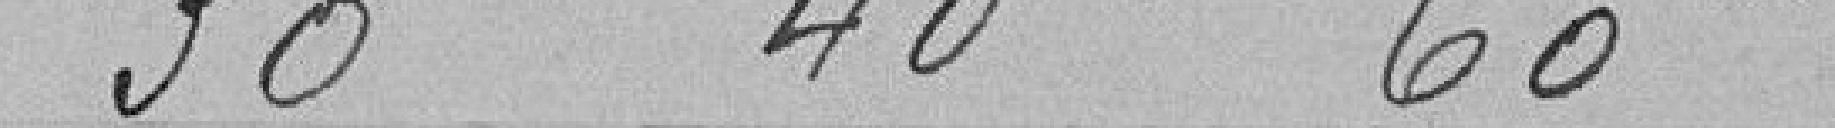
30 40 60